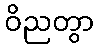
ဝိညတွာ